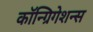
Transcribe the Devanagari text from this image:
कॉन्ग्रिगेशन्स